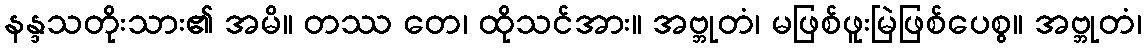
နန္ဒသတိုးသား၏ အမိ။ တဿ တေ၊ ထိုသင်အား။ အဗ္ဘုတံ၊ မဖြစ်ဖူးမြဲဖြစ်ပေစွ။ အဗ္ဘုတံ၊